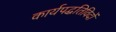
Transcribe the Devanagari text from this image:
कार्यपद्धतिविदों